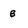
Character: B